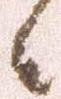
候